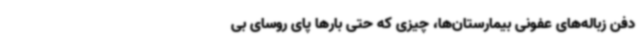
دفن زباله‌های عفونی بیمارستان‌ها،‌ چیزی که حتی بارها پای روسای بی